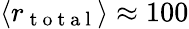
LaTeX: \langle r_{\mathrm{~t~o~t~a~l~}}\rangle\approx 100